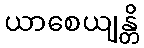
ယာစေယျန္တိ